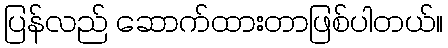
ပြန်လည် ဆောက်ထားတာဖြစ်ပါတယ်။